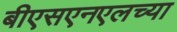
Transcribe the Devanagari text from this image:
बीएसएनएलच्या